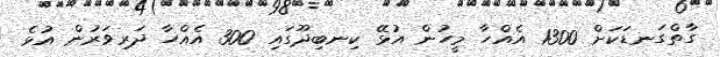
ގާތްގަނޑަކަށް 1300 އެއްހާ މީހުން އުޅޭ ކިނބިދޫގައި 300 އެއްހާ ދަރިވަރުން އުޅެ